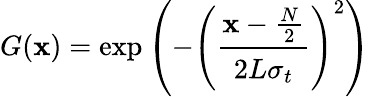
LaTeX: G(\mathbf{x})=\exp\left(-\left({\cfrac{\mathbf{x}-{\frac{{N}}{{2}}}}{2L\sigma_{t}}}\right)^{2}\right)